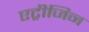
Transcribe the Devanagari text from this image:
एट्रीजिन